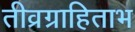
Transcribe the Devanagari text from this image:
तीव्रग्राहिताभ